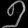
Digit: ၅